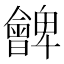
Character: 朇